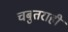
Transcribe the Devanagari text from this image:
चबुतराही